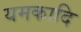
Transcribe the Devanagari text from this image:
यमकादि